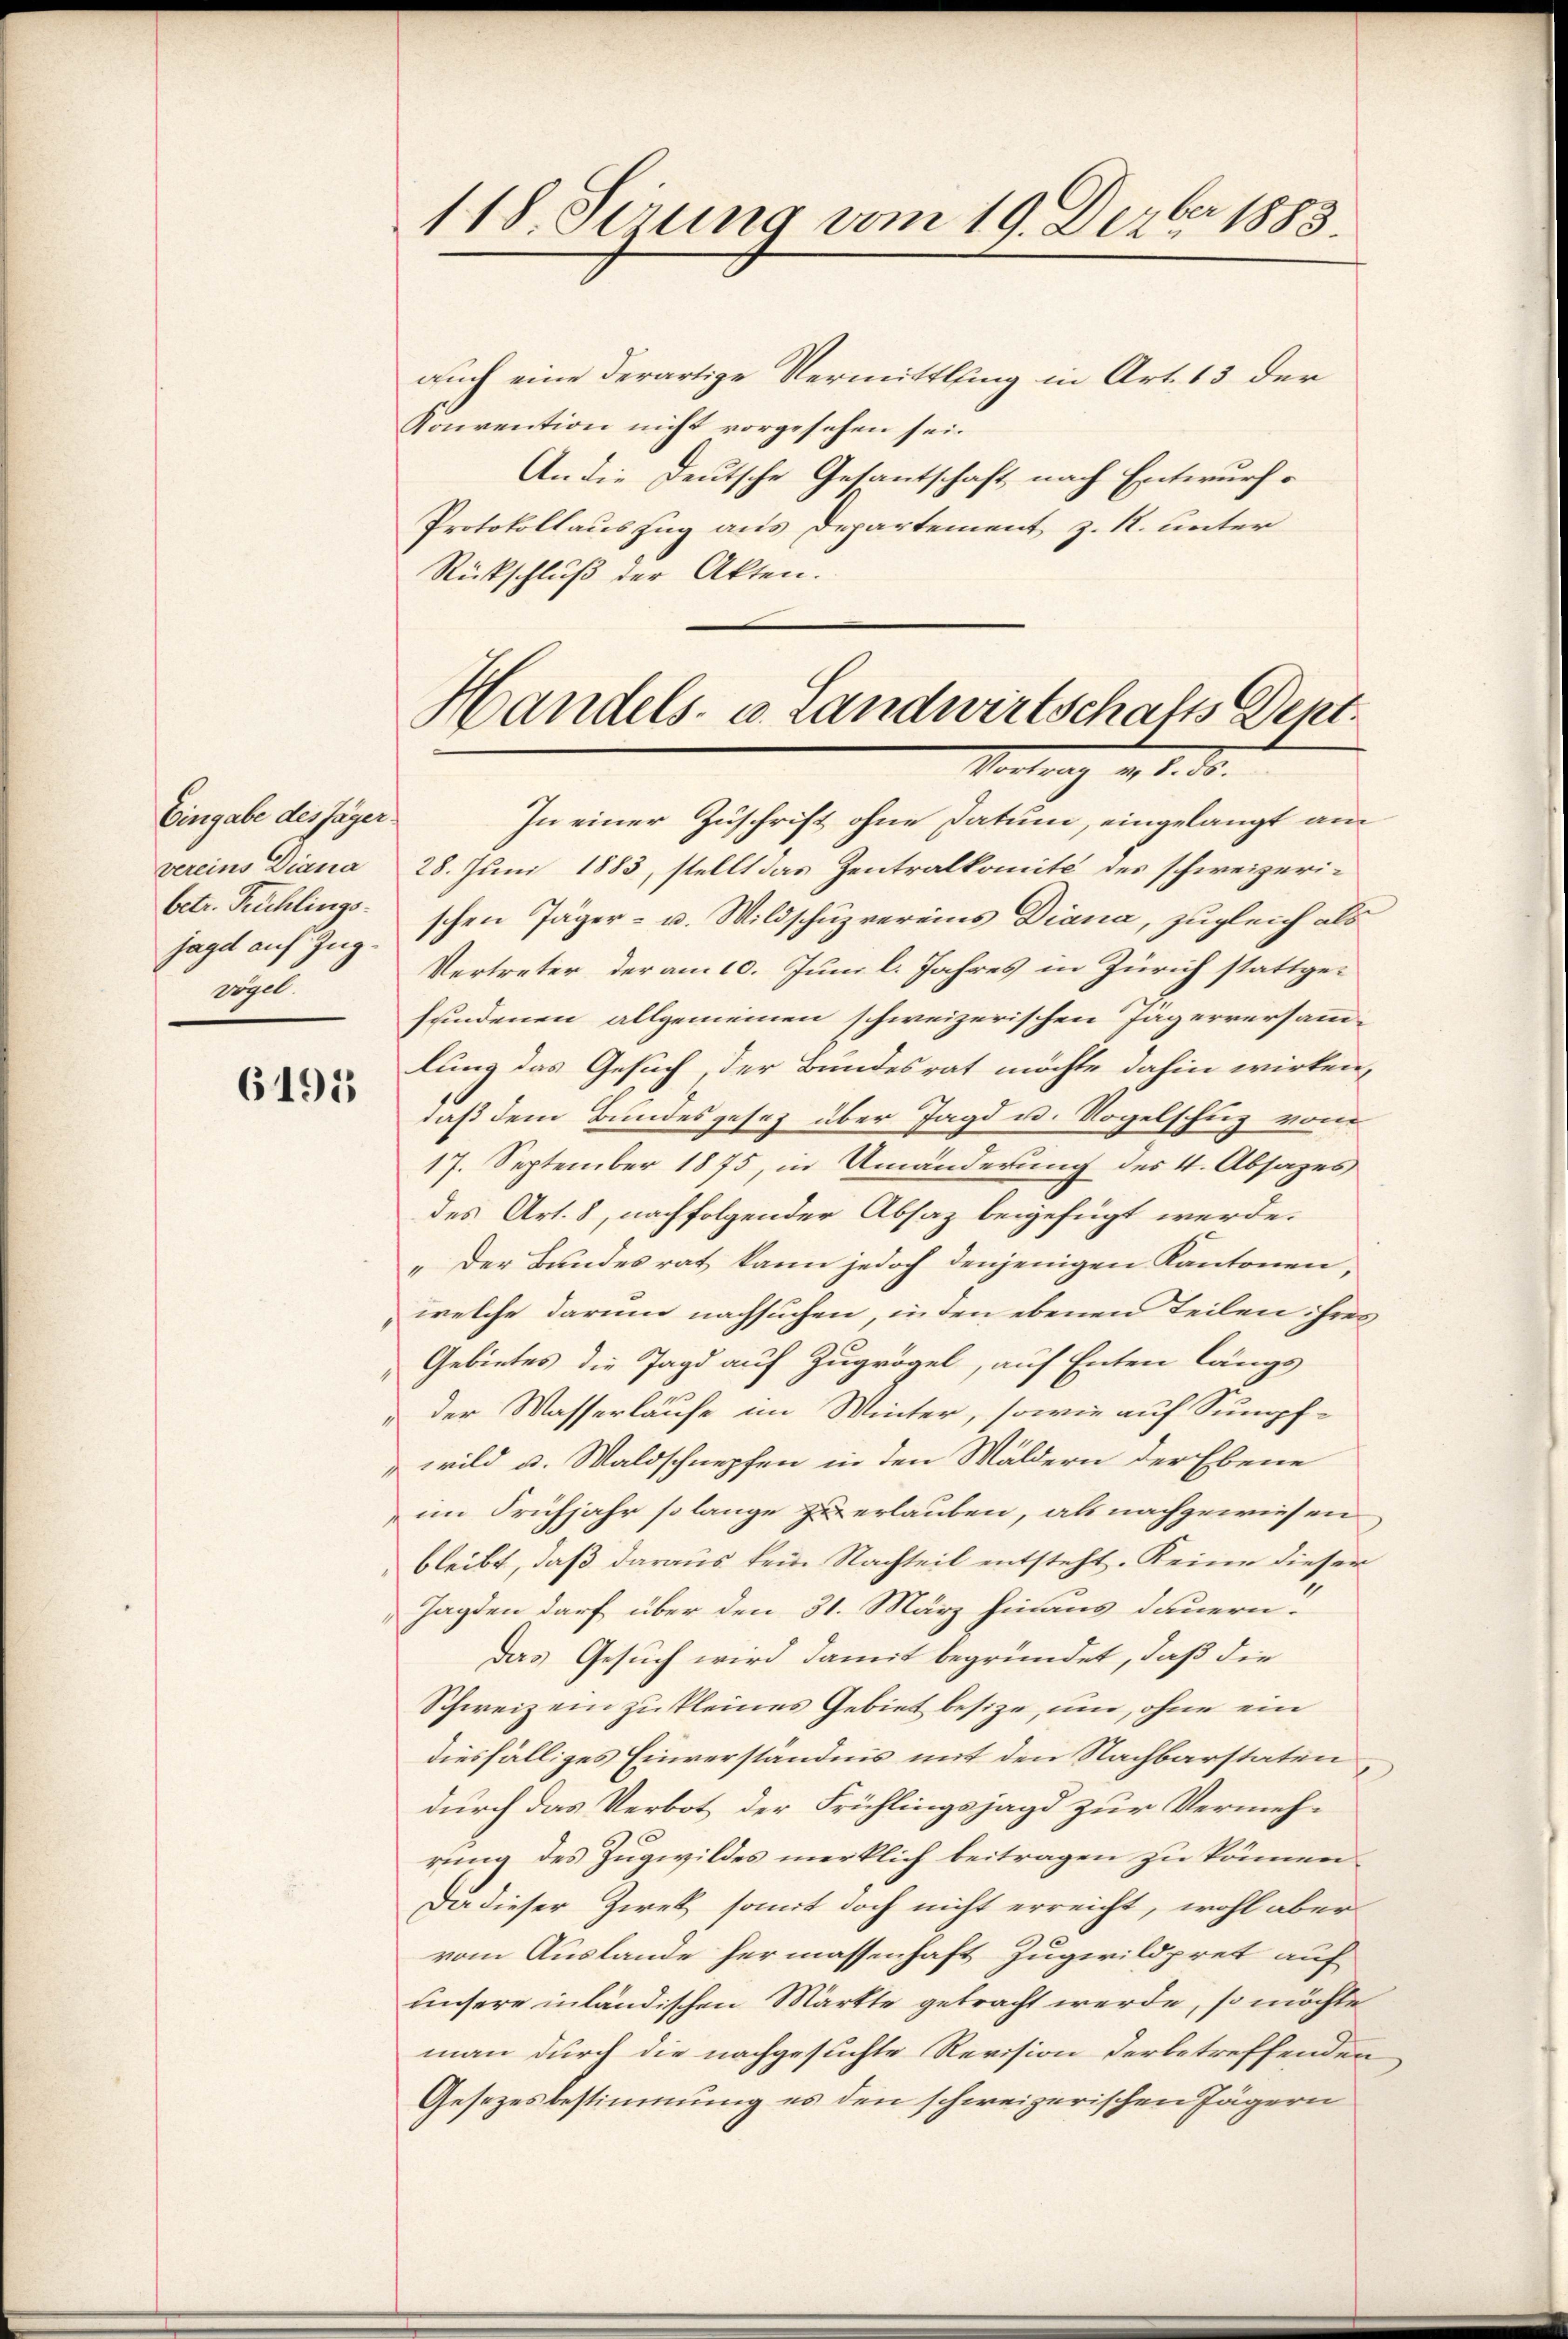
Eingabe des Jäger.
jagel auf Zug.
vogel.

6191

118. Sirung vom 19. Dezbr. 1883.

auch eine derartige Vermittlung in Art. 13 der
Konvention nicht vorgesehen sei.
An die Deutsche Gesantschaft nach Entwurf.
Protokollauszug aus Departement z. R. unter
Rückschluß der Akten.

In einer Zuschrift ohne Datum, eingelangt am
vereins Diana 28. Juni 1883, stellt das Zentralkomité des schweizeri-
betr. Puchlings schen Jäger- u. Wildschuzvereins Diana, zugleich als
Vertreter der am 10. Juni l. Jahres in Zürich stattgesundenen allgemeinen schweizerischen Jägerversammlung das Gesuch, der Bundesrat möchte dahin wirken,
daß dem Bundesgesetz über Jagd u. Vogelschug vom
17. September 1875, in Umänderung des 4. Absages
des Art. 8, nachfolgender Absaz beigefügt werde.
„Der Bandesrat kann jedoch denjenigen Kantonen,
welche darum nachsuchen, inden ebenen Teilen ihres
Gebietes die Jagd auf Zugrögel, auf Enten längs
"der Wasserläufe im Winter, sowie auf Sumpf-
wild u. Waldschnepfen in den Wäldern der Ebene
im Frühjahr so lange zu erlauben, als nachgewiesen
bleibt, daß daraus kein Nachteil entsteht. Keine dieser
Jagden darf über den 31. März hinaus dauern.
Das Gesuch wird damit begründet, daß die
Schweiz ein zu kleines Gebiet besize, um, ohne ein
diesfälliges Einverständnis mit den Nachbarstaten
durch das Verbot der Frühlingsjagd zur Vermehrung des Zugwildes merklich beitragen zu können.
Da dieser Ziek somit doch nicht erreicht, wohl aber
vom Auslande hermassenhaft Zugwildpret auf
unsere inländischen Märkte gebracht werde, so möchte
man durch die nachgesuchte Revision der betreffenden
Gesezesbestimmung es den schweizerischen Jägern

Handels- u. Landwirtschafts Dept.
Vortrag v. 1. d.